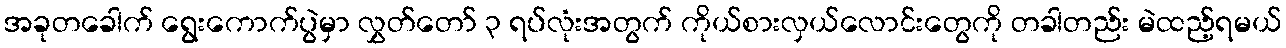
အခုတခေါက် ရွေးကောက်ပွဲမှာ လွှတ်တော် ၃ ရပ်လုံးအတွက် ကိုယ်စားလှယ်လောင်းတွေကို တခါတည်း မဲထည့်ရမယ်